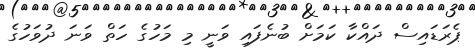
ޕެރަޑައިސް ދައްކާ ކަމަށް ބުނެފައި ވަނީ މި މަހުގެ ހަތް ވަނަ ދުވަހުގެ